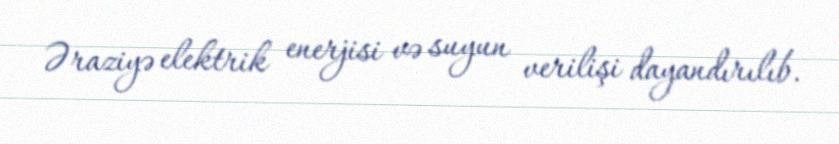
Əraziyə elektrik enerjisi və suyun verilişi dayandırılıb.